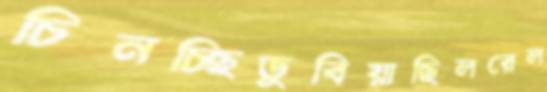
চিনচ্ছিডুবিয়াছিলরেল